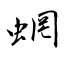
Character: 蝄